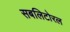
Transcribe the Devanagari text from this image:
सबलिटोरल